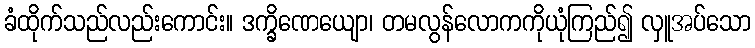
ခံထိုက်သည်လည်းကောင်း။ ဒက္ခိဏေယျော၊ တမလွန်လောကကိုယုံကြည်၍ လှူအပ်သော